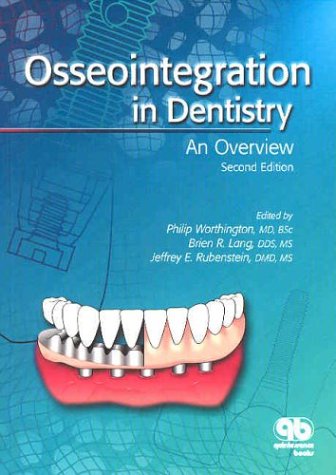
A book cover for Osseointegration in Dentistry: An Overview; Philip Worthington; Medical Books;